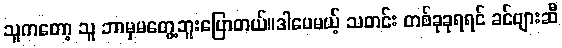
သူကတော့ သူ ဘာမှမတွေ့ဘူးပြောတယ်။ဒါပေမယ့် သတင်း တစ်ခုခုရရင် ခင်ဗျားဆီ